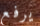
يرفع